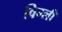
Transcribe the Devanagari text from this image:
विग्ली